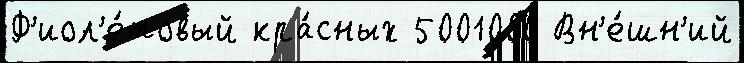
Ф'иол'е́товый кра́сных 5001000 Вн'е́шн'ий